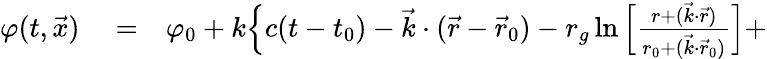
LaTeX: \begin{array}{rlr}{\varphi(t,{\vec{x}})}&{{}=}&{\varphi_{0}+k\Big\{ c(t-t_{0})-{\vec{k}}\cdot({\vec{r}}-{\vec{r}}_{0})-r_{g}\ln\Big[\frac{r+(\vec{k}\cdot\vec{r})}{r_{0}+(\vec{k}\cdot\vec{r}_{0})}\Big]+}\end{array}